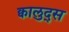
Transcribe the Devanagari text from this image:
क्वालुद्स